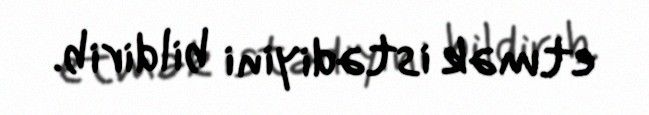
etmək istədiyini bildirib.